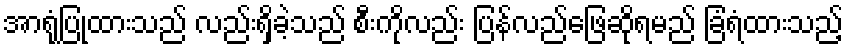
အာရုံပြုထားသည် လည်းရှိခဲ့သည် စီးကိုလည်း ပြန်လည်ဖြေဆိုရမည် ခြံရံထားသည့်